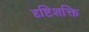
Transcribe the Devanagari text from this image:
दृष्टिशक्ति